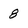
Character: 8